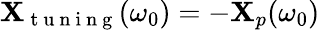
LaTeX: \mathbf{X}_{\mathrm{{~t~u~n~i~n~g~}}}(\omega_{0})=-\mathbf{X}_{p}(\omega_{0})